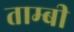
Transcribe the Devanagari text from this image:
ताम्बी